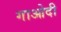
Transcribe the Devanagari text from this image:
गाओदी